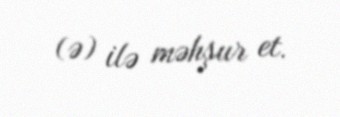
(ə) ilə məhşur et.